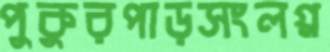
পুকুরপাড়সংলগ্ন